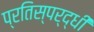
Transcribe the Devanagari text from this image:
प्रतिस्पर्द्धी